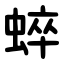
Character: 蜶